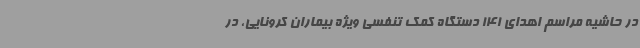
در حاشیه مراسم اهدای 141 دستگاه کمک تنفسی ویژه بیماران کرونایی، در